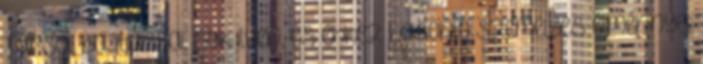
Társai, bajtársai, sok ilyen, és ehhez hasonló személyes élménnyel